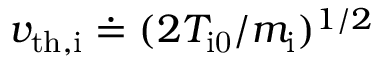
v _ { \mathrm { t h , i } } \doteq ( 2 T _ { \mathrm { i 0 } } / m _ { \mathrm { i } } ) ^ { 1 / 2 }